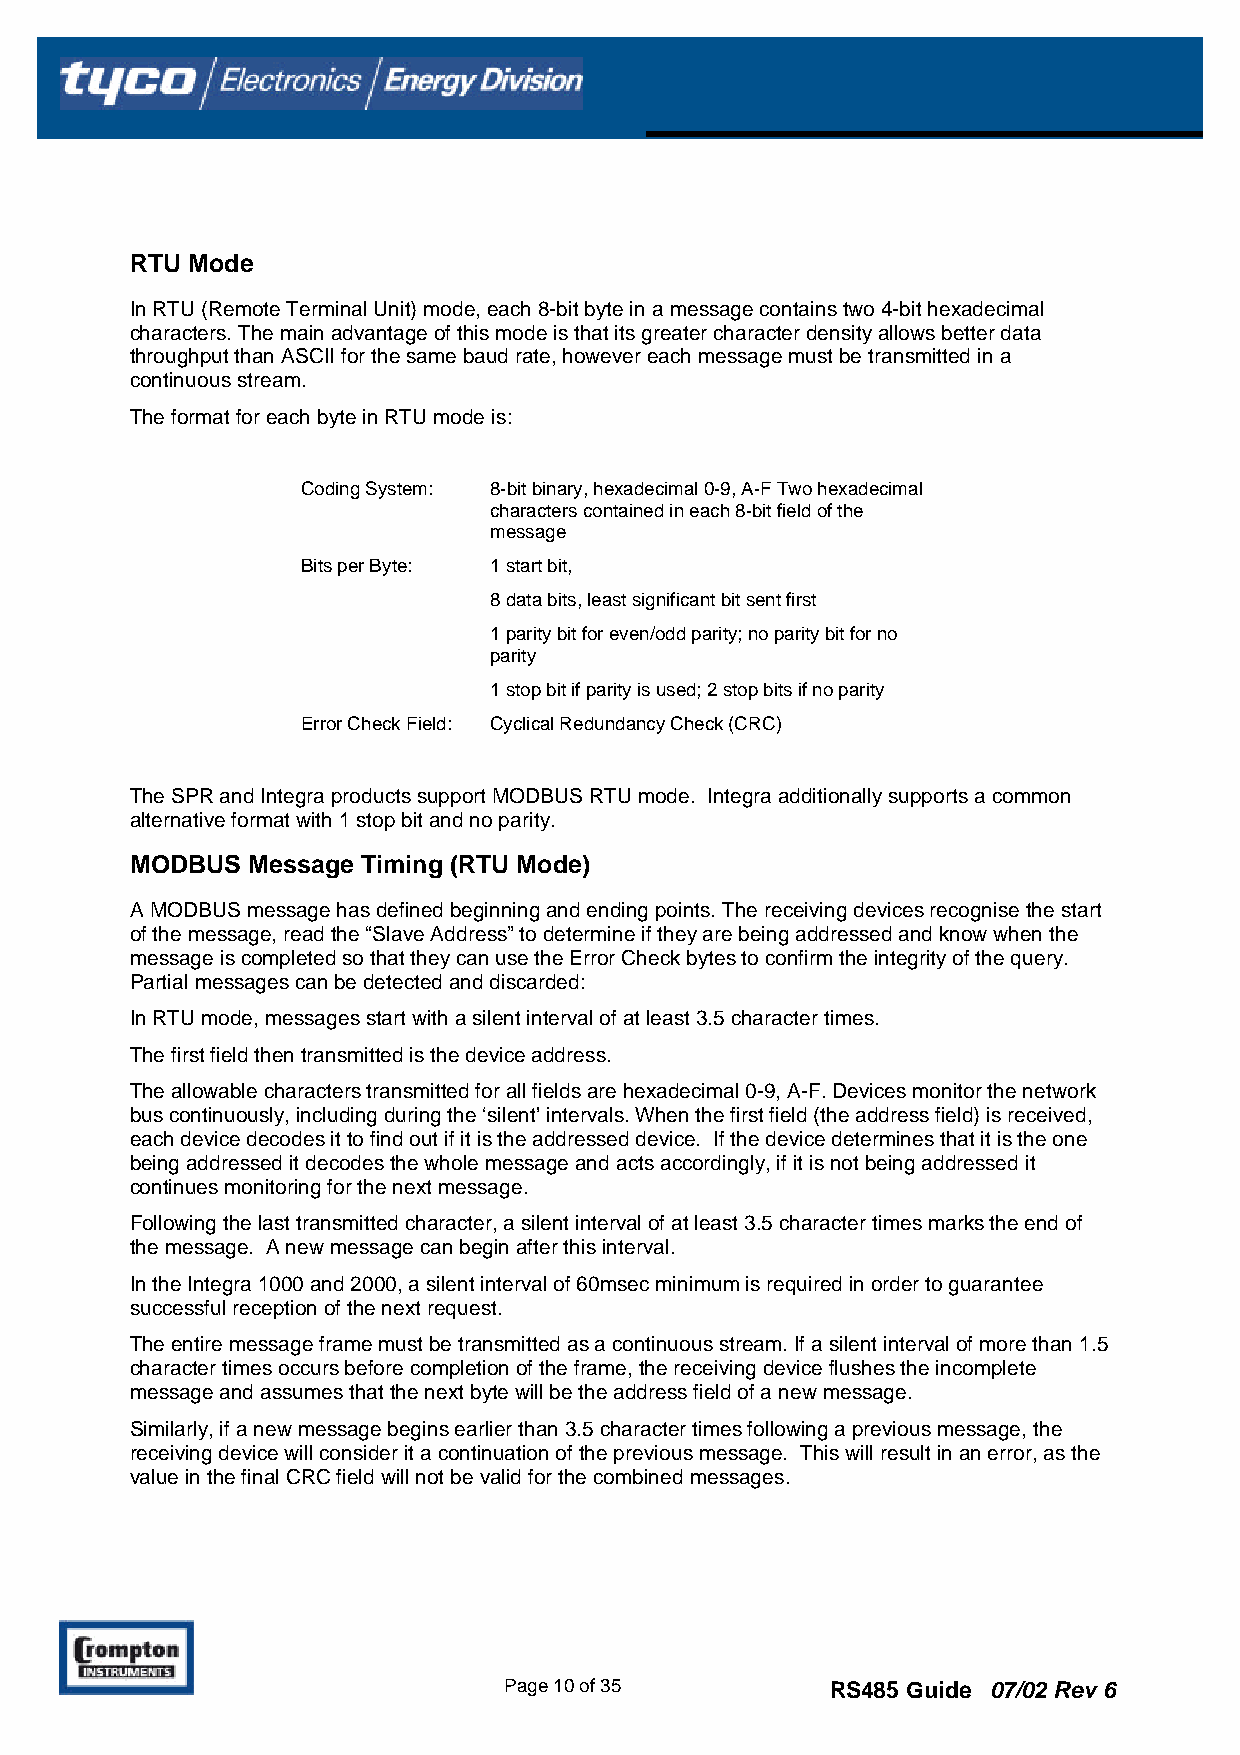
RTU Mode
 In RTU (Remote Terminal Unit) mode, each 8-bit byte in a message contains two 4-bit hexadecimal
 characters. The main advantage of this mode is that its greater character density allows better data
 throughput than ASCII for the same baud rate, however each message must be transmitted in a
 continuous stream.
 The format for each byte in RTU mode is:
 Coding System: 8-bit binary, hexadecimal 0-9, A-F Two hexadecimal
 characters contained in each 8-bit field of the
 message
 Bits per Byte: 1 start bit,
 8 data bits, least significant bit sent first
 1 parity bit for even/odd parity; no parity bit for no
 parity
 1 stop bit if parity is used; 2 stop bits if no parity
 Error Check Field: Cyclical Redundancy Check (CRC)
 The SPR and Integra products support MODBUS RTU mode. Integra additionally supports a common
 alternative format with 1 stop bit and no parity.
 MODBUS Message Timing (RTU Mode)
 A MODBUS message has defined beginning and ending points. The receiving devices recognise the start
 of the message, read the “Slave Address” to determine if they are being addressed and know when the
 message is completed so that they can use the Error Check bytes to confirm the integrity of the query.
 Partial messages can be detected and discarded:
 In RTU mode, messages start with a silent interval of at least 3.5 character times.
 The first field then transmitted is the device address.
 The allowable characters transmitted for all fields are hexadecimal 0-9, A-F. Devices monitor the network
 bus continuously, including during the ‘silent’ intervals. When the first field (the address field) is received,
 each device decodes it to find out if it is the addressed device. If the device determines that it is the one
 being addressed it decodes the whole message and acts accordingly, if it is not being addressed it
 continues monitoring for the next message.
 Following the last transmitted character, a silent interval of at least 3.5 character times marks the end of
 the message. A new message can begin after this interval.
 In the Integra 1000 and 2000, a silent interval of 60msec minimum is required in order to guarantee
 successful reception of the next request.
 The entire message frame must be transmitted as a continuous stream. If a silent interval of more than 1.5
 character times occurs before completion of the frame, the receiving device flushes the incomplete
 message and assumes that the next byte will be the address field of a new message.
 Similarly, if a new message begins earlier than 3.5 character times following a previous message, the
 receiving device will consider it a continuation of the previous message. This will result in an error, as the
 value in the final CRC field will not be valid for the combined messages.
 Page 10 of 35         RS485 Guide 07/02 Rev 6